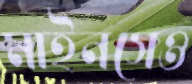
মাইনসেও